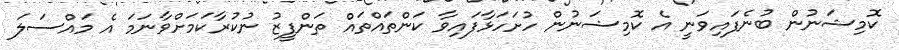
ކޮމިޝަނުން ބުނެފައިވަނީ އެ ކޮމިޝަނުން ހުށަހަޅާފައިވާ ކަންތައްތައް ތަންފީޒު ނުކުރާކަމަށްވާނަމަ އެ މައްސަލަ